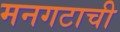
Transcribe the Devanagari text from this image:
मनगटाची